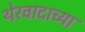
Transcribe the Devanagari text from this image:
थेरवादाच्या